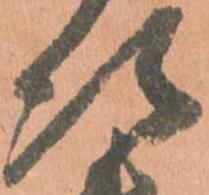
次